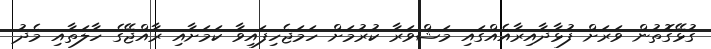
ގުޅޭގޮތުން ވަރަށް ފުޅާދާއިރާއެއްގައި މަޝްވަރާ ކުރުމަށް ހަމަޖެހިފައިވާ ކަމަށާއި ރާއްޖޭގެ ހާލަތާއި މެދު